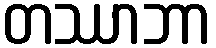
တဿာဘာ